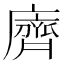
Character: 𪗆